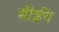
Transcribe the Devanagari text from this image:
बीईंग